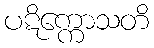
ပဋိက္ကောသတိ